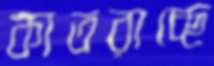
কাতরাচ্ছে